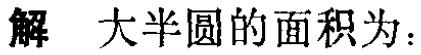
解 大半圆的面积为：